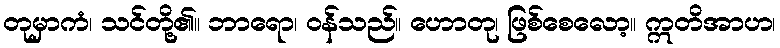
တုမှာကံ၊ သင်တို့၏။ ဘာရော၊ ဝန်သည်။ ဟောတု၊ ဖြစ်စေလော့။ ဣတိအာဟ၊